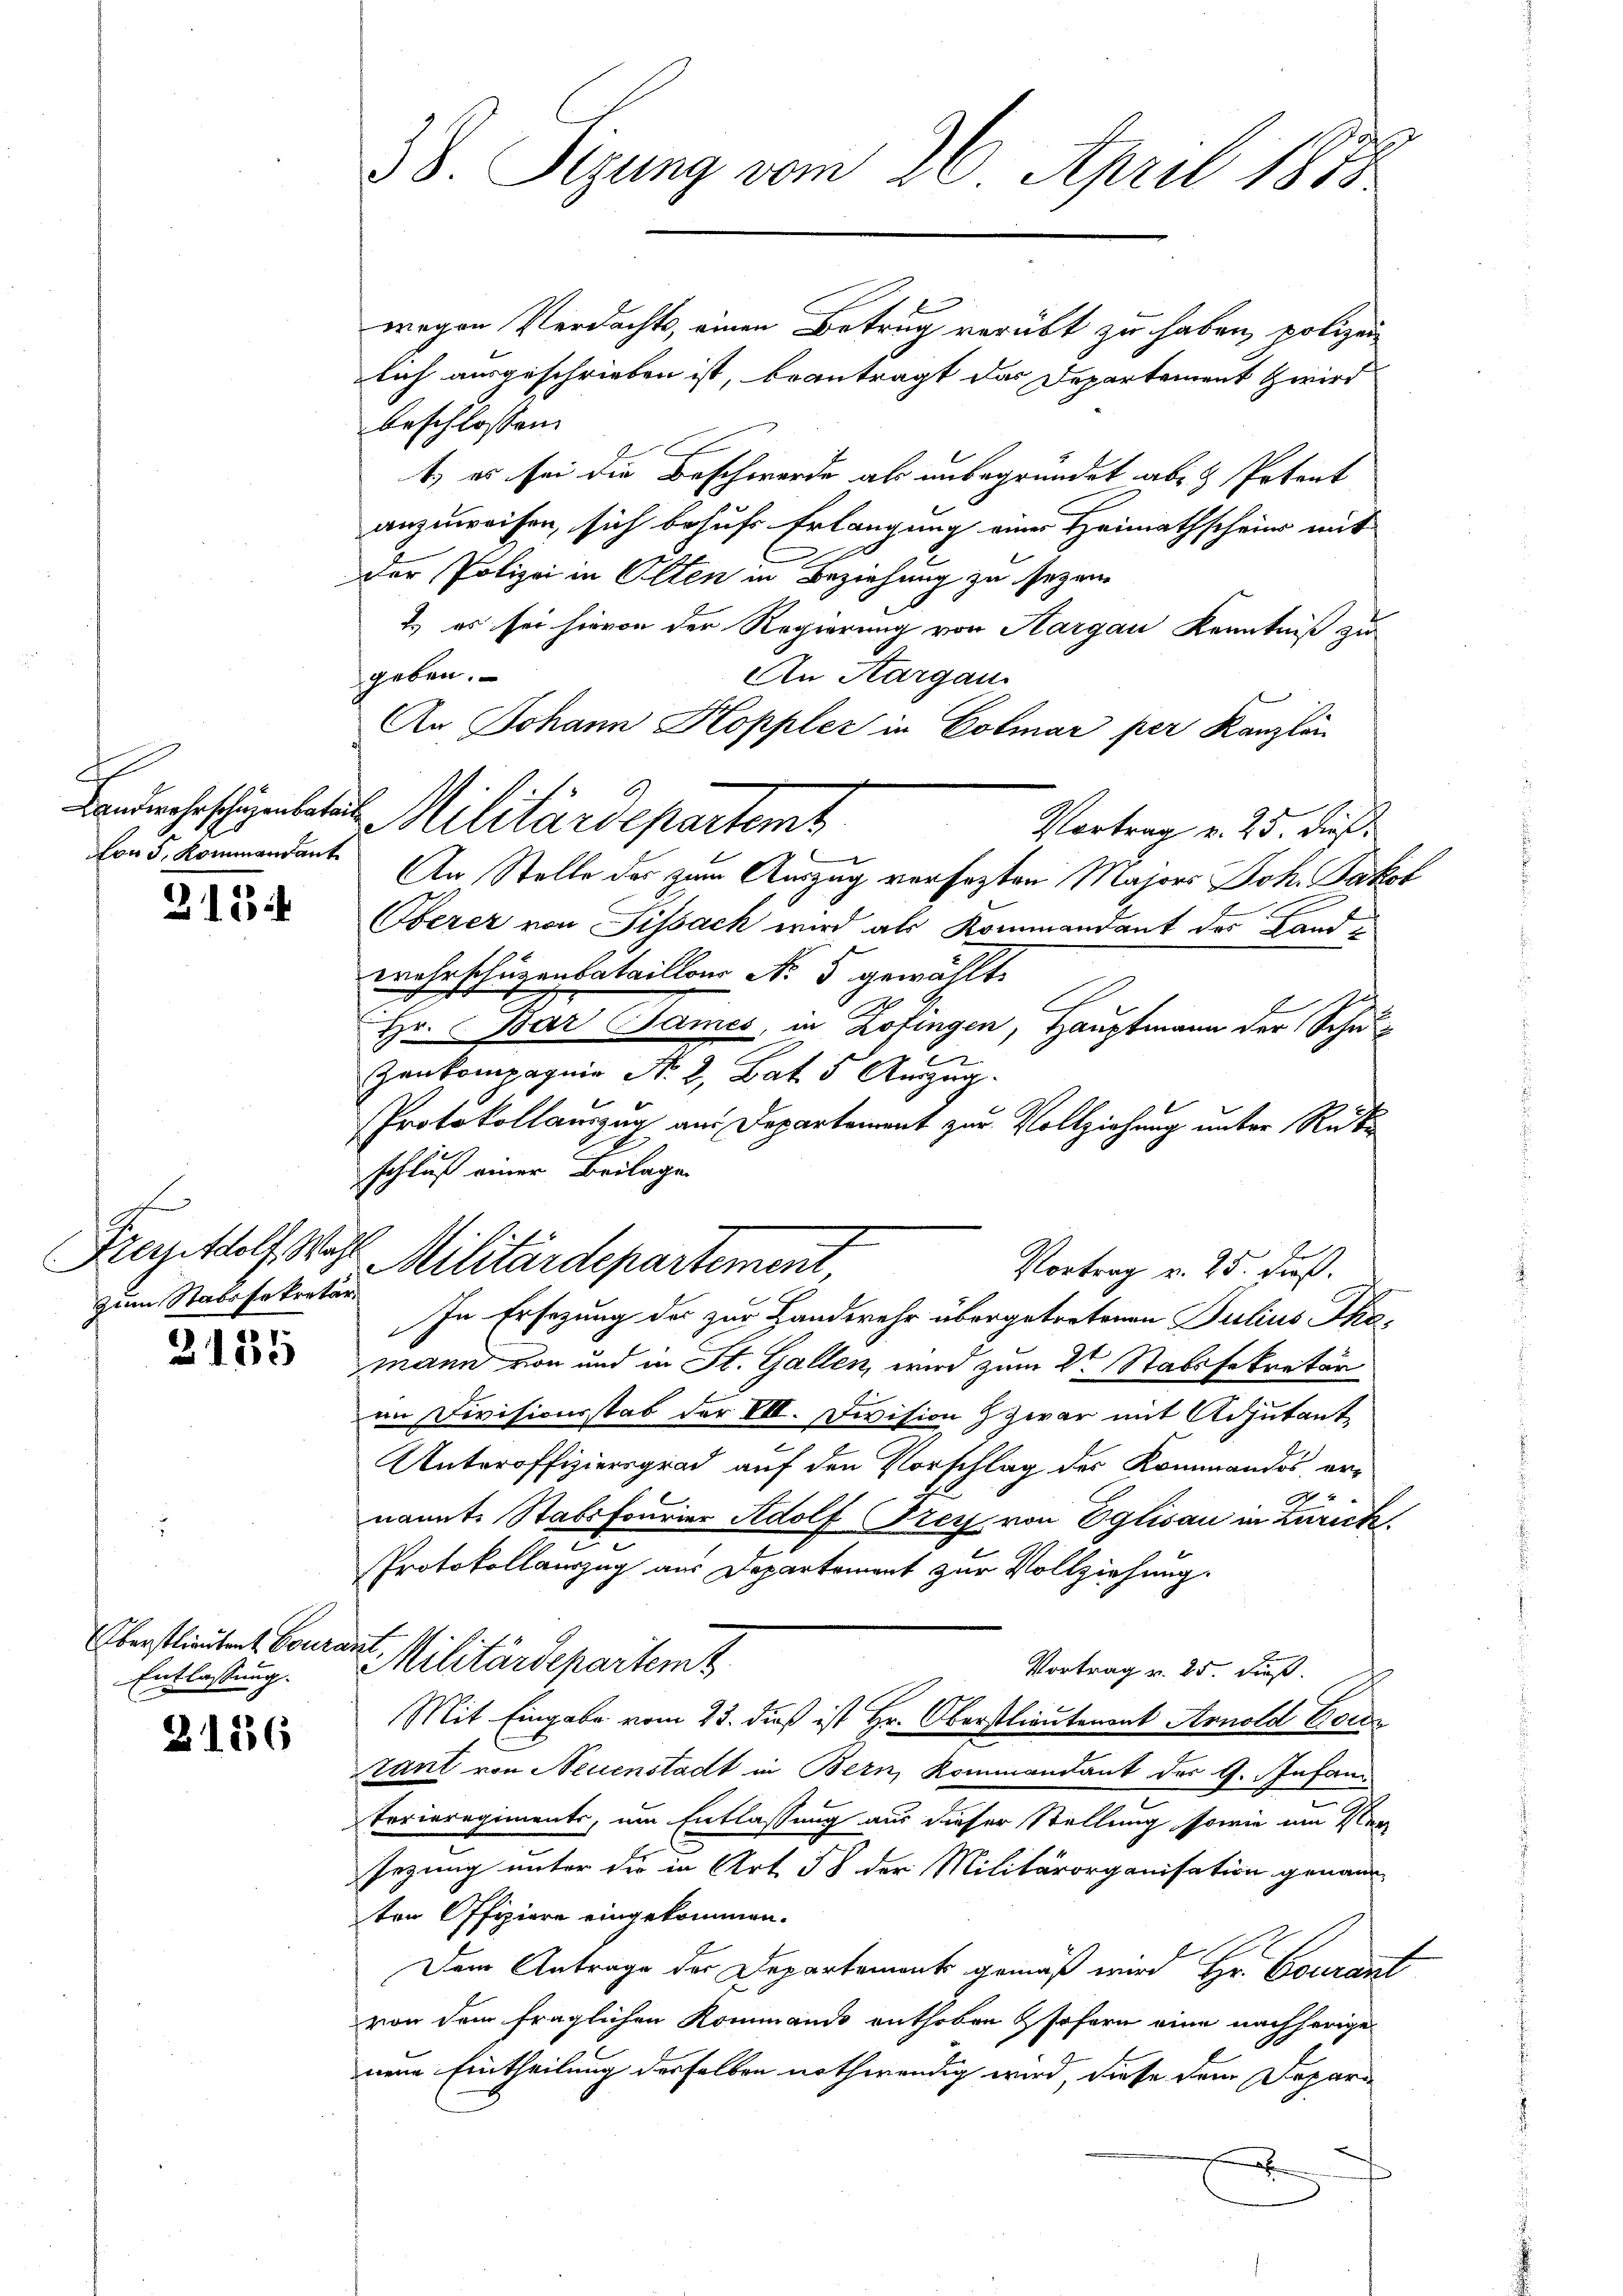
.
von 5, Kommandant

213

zum Stabssekretär.

2135

Überstlieutent Coura
Entlassung.

2136

38. Sigung vom 26. April 1883

wegen Verdachts, einen Betrug verübt zu haben, polizeilich ausgeschrieben ist, beantragt das Departement zwird
beschlossen:
1.) es sei die Beschwerde als unbegründet ab- & Petent
anzuweisen, sich behufs Erlangung einer Heimathscheins mit
der Polizei in Olten in Beziehung zu sezen
2) es sei hievon der Regierung von Aargau Kenntniß zu
geben.
An Aargau
An Johann Koppler in Colmar per Kanzlei
Landwehrschientates Militärdepartemt
Vortrag v. 25. dieß
An Stelle des zum Auszug versezten Majors Joh. Bakor
Oberer von Sissach wird als Kommandant der Landwahrschüzenbataillon No 5 gewählt.
Hr. Bar Tames, in Zofingen, Hauptmann der Schul¬
Zankompagnie No 2, Bat. 5 Auszug
Protokollauszug aus Departement zur Vollziehung unter Rücke
schluß einer Beilage
Vortrag v. 25. dieß.
In Ersezung des zur Handwehr übergetretenen Julius Themann von und in St. Gallen, wird zum 2ten Stabsfekretär
im Divisionsstab der VII. Division zwar mit Adjutant
Unteroffiziersgrad auf den Vorschlag des Kommandos er¬
A
nannte Stabsfourier Adolf Frey von Eglisau in Zurick
Protokollauszug aus Departement zur Vollziehung.
l
Militärdepartemt
Vortrag v. 25. dieß.
Mit Eingabe vom 23. dieß ist Hr. Oberstlieutenant Arnold Vora
Tant von Neuenstadt in Bern, Kommandant des G. Infanterieregiments, um Entlassung aus dieser Stellung sowie im Ver
sezung unter die in Art 58 der Militärorganisation genann
ten Offiziere eingekommen.
Dem Antrage der Departements gemäß wird Hr. Courant
von dem fraglichen Kommanis enthoben sofern eine nachherige
nem Eintheilung derselben nothwendig wird, diese dem Deparx

Frezettolf Wahl Militärdepartement